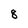
Character: 8